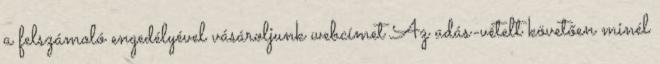
a felszámoló engedélyével vásároljunk webcímet Az adás-vételt követően minél